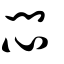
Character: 悶